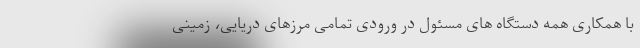
با همکاری همه دستگاه های مسئول در ورودی تمامی مرزهای دریایی، زمینی